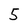
Character: 5